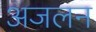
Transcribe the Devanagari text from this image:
अजलन